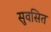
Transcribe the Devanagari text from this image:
सुवसित